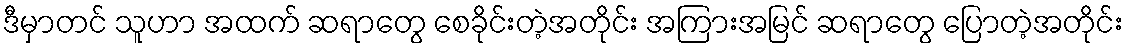
ဒီမှာတင် သူဟာ အထက် ဆရာတွေ စေခိုင်းတဲ့အတိုင်း အကြားအမြင် ဆရာတွေ ပြောတဲ့အတိုင်း